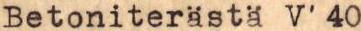
Betoniterästä V'40